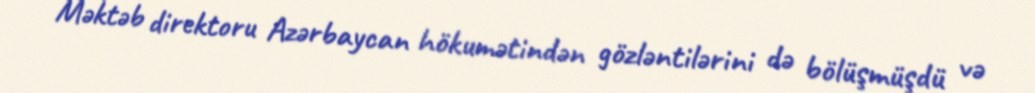
Məktəb direktoru Azərbaycan hökumətindən gözləntilərini də bölüşmüşdü və